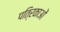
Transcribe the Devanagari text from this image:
पति्रकाओं